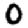
Digit: 0